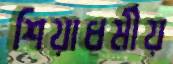
শিয়াধর্মীয়